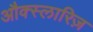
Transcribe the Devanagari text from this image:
औक्स्लारिज़